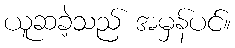
ယူဆခဲ့သည် အမှန်ပင်။